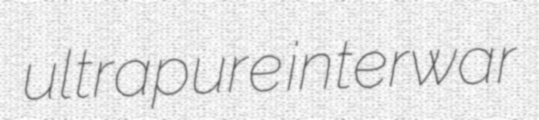
ultrapure interwar